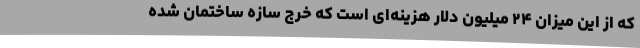
که از این میزان ۲۴ میلیون دلار هزینه‌ای است که خرج سازه ساختمان شده